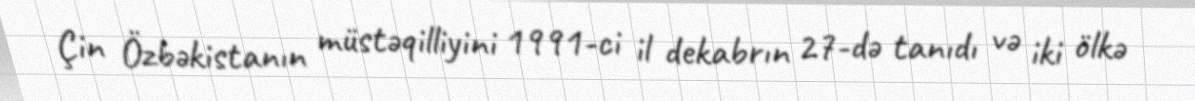
Çin Özbəkistanın müstəqilliyini 1991-ci il dekabrın 27-də tanıdı və iki ölkə